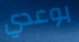
بوعدي